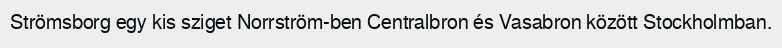
Strömsborg egy kis sziget Norrström-ben Centralbron és Vasabron között Stockholmban.